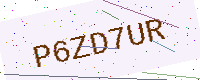
Text: P6ZD7UR